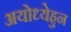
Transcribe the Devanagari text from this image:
अयोध्येहुन